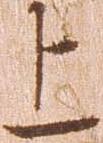
上